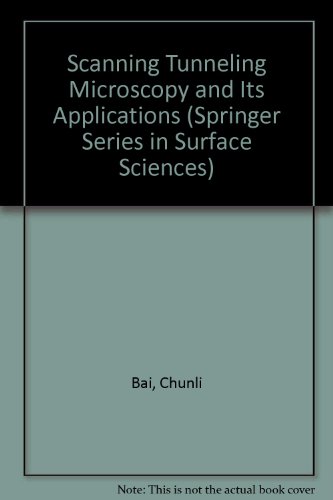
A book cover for Scanning Tunneling Microscopy and Its Application (Springer Series in Surface Sciences, No 32); Chunli Bai; Science & Math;